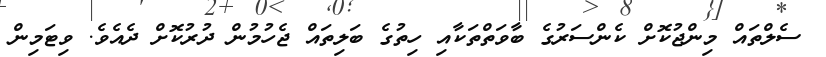
ސެލްތައް މިންޖުކޮށް ކެންސަރުގެ ބާވަތްތަކާއި ހިތުގެ ބަލިތައް ޖެހުމުން ދުރުކޮށް ދެއެވެ. ވިޓަމިން